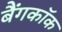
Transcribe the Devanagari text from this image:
बैंगकाॅक